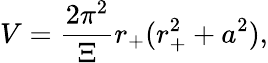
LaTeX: V=\frac{2\pi^{2}}{\Xi}r_{+}(r_{+}^{2}+a^{2}),